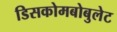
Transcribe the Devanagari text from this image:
डिसकोमबोबुलेट